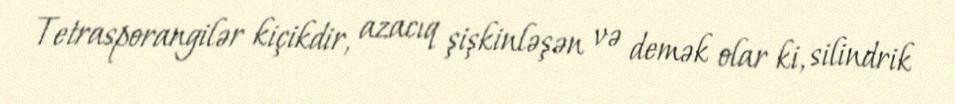
Tetrasporangilər kiçikdir, azacıq şişkinləşən və demək olar ki, silindrik